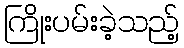
ကြိုးပမ်းခဲ့သည့်